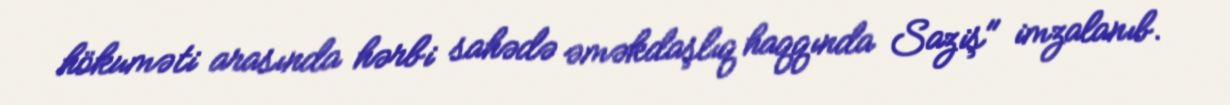
hökuməti arasında hərbi sahədə əməkdaşlıq haqqında Saziş" imzalanıb.